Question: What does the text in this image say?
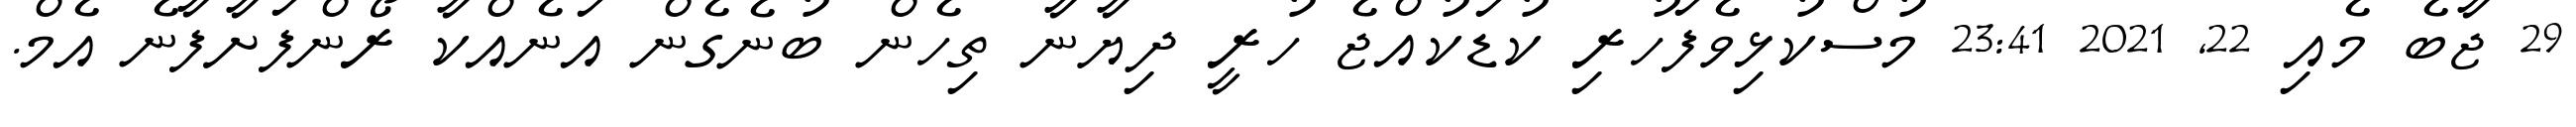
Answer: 29 ޖާބެ މެއި 22, 2021 23:41 މުސްކުޅިވެފަހުރި ކުޑަކުއްޖެ ހުރީ ދިޔާނާ ތިހެން ބުނެގެން އަނެއްކާ ރޯންފަށާފާނެ އެމް.